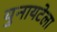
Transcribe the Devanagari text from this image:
युनायटेला